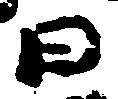
日